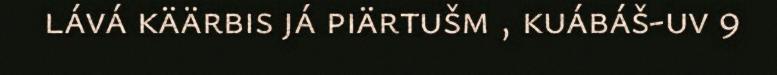
lává käärbis já piärtušm , kuábáš-uv 9